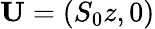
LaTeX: \mathbf{U}=(S_{0}z,0)